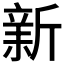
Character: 𣂺